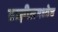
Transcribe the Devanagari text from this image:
ब्राझीलमध्येच